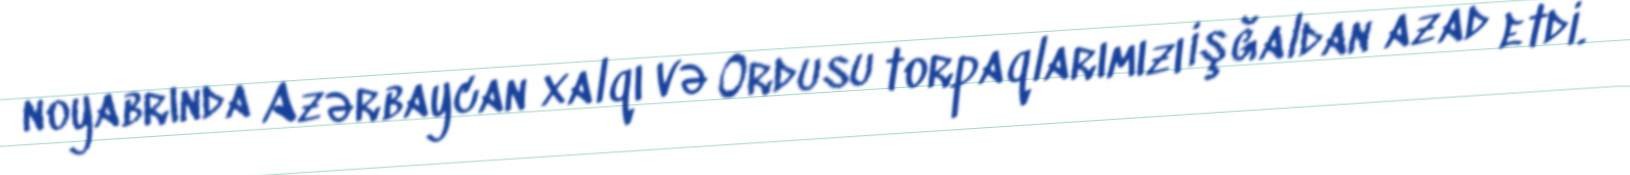
noyabrında Azərbaycan xalqı və Ordusu torpaqlarımızı işğaldan azad etdi.